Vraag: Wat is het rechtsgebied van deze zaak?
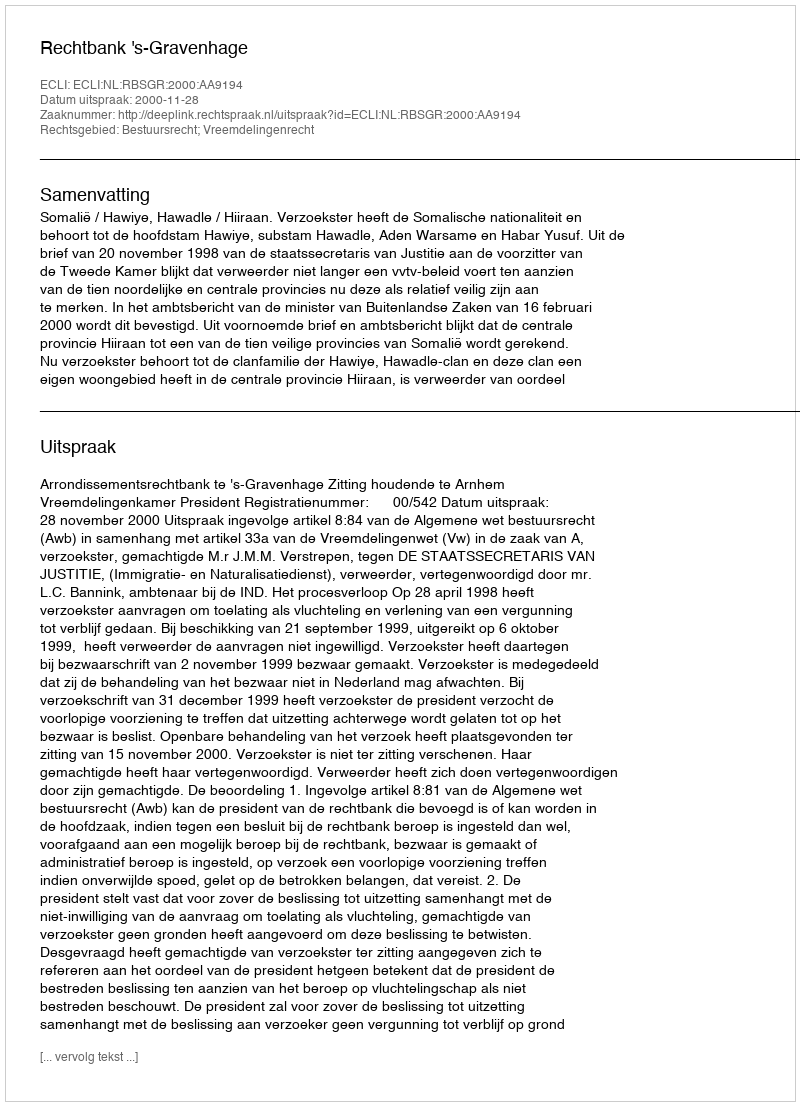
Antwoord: Bestuursrecht; Vreemdelingenrecht